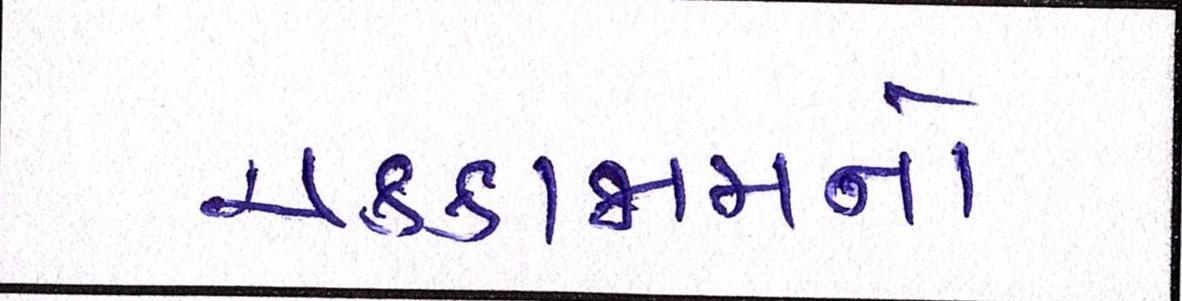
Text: ચક્કાજામનો